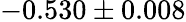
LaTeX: -0.530\pm 0.008